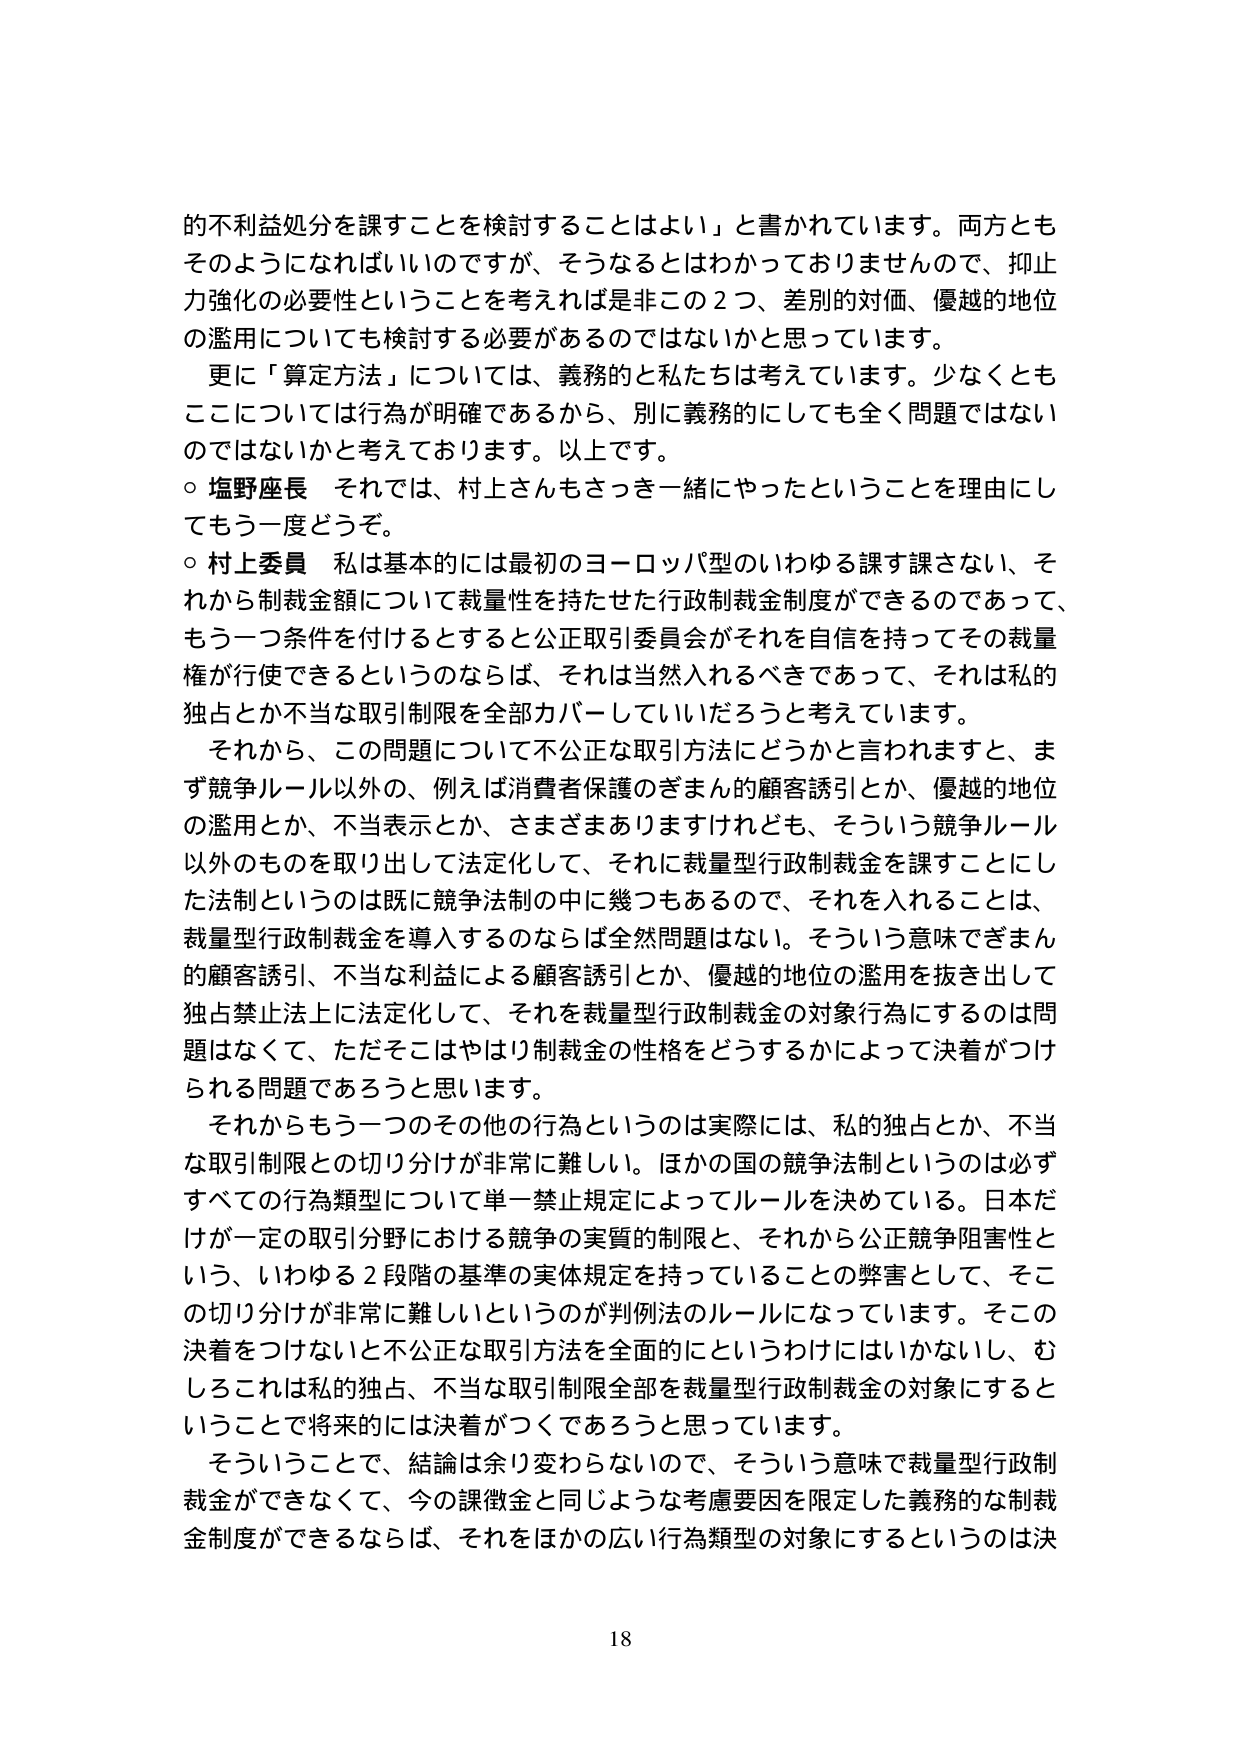
的不利益処分を課すことを検討することはよい」と書かれています。両方ともそのようになればいいのですが、そうなるとはわかっておりませんので、抑止力強化の必要性ということを考えれば是非この２つ、差別的対価、優越的地位の濫用についても検討する必要があるのではないかと思っています。

更に「算定方法」については、義務的と私たちは考えています。少なくともここについては行為が明確であるから、別に義務的にしても全く問題ではないのではないかと考えております。以上です。

○ 塩野座長　それでは、村上さんもさっき一緒にやったということを理由にしてもう一度どうぞ。

○ 村上委員　私は基本的には最初のヨーロッパ型のいわゆる課す課さない、それから制裁金額について裁量性を持たせた行政制裁金制度ができるのであって、もう一つ条件を付けるとすると公正取引委員会がそれを自信を持ってその裁量権が行使できるというのならば、それは当然入れるべきであって、それは私的独占とか不当な取引制限を全部カバーしていいだろうと考えています。

それから、この問題について不公平な取引方法にどうかと言われますと、まず競争ルール以外の、例えば消費者保護のぎまん的顧客誘引とか、優越的地位の濫用とか、不当表示とか、さまざまありますけれども、そういう競争ルール以外のものを取り出して法定化して、それに裁量型行政制裁金を課すことにしてた法制というのは既に競争法制の中に幾つもあるので、それを入れることは、裁量型行政制裁金を導入するのならば全然問題はない。そういう意味でぎまん的顧客誘引、不当な利益による顧客誘引とか、優越的地位の濫用を抜き出して独占禁止法上に法定化して、それを裁量型行政制裁金の対象行為にするのは問題なくって、ただそこはやはり制裁金の性格をどうするかによって決着がつけられる問題であろうと思います。

それからもう一つのその他の行為というのは実際には、私的独占とか、不当な取引制限との切り分けが非常に難しい。ほかの国の競争法制というのは必ずすべての行為類型について単一禁止規定によってルールを決めている。日本だけが一定の取引分野における競争の実質的制限と、それから公正競争阻害性という、いわゆる２段階の基準の実体規定を持っていることの弊害として、そこの切り分けが非常に難しいというのが判例法のルールになっています。そこの決着をつけないと不公平な取引方法を全面的にというわけにはいかないし、むしろこれは私的独占、不当な取引制限全部を裁量型行政制裁金の対象にするということで将来的には決着がつくであろうと思っています。

そういうことで、結論は余り変わらないので、そういう意味で裁量型行政制裁金ができなくて、今の課徴金と同じような考慮要因を限定した義務的な制裁金制度ができるならば、それをほかの広い行為類型の対象にするというのは決

18